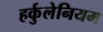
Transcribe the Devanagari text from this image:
हर्कुलेनियम